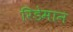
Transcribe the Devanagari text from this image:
रिडेमान